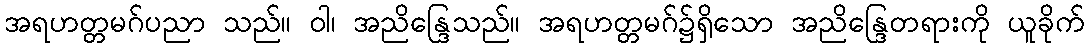
အရဟတ္တမဂ်ပညာ သည်။ ဝါ၊ အညိန္ဒြေသည်။ အရဟတ္တမဂ်၌ရှိသော အညိန္ဒြေတရားကို ယူခိုက်